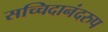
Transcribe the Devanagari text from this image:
सच्चिदानंदरुप